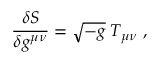
{ \frac { \delta S } { \delta g ^ { \mu \nu } } } = \sqrt { - g } \; T _ { \mu \nu } \ ,